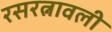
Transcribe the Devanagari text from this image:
रसरत्नावली